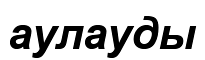
аулауды